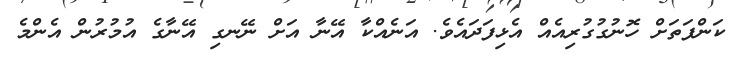
ކަންފަތަށް ހޮނުގުގުރިއެއް އެޅިފަދައެވެ. އަނެއްކާ އޭނާ އަށް ނޭނގި އޭނާގެ އުމުރުން އެންމެ